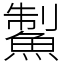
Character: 䱥